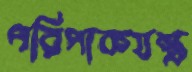
পরিপাকযন্ত্র